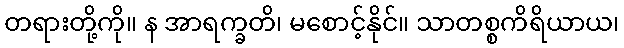
တရားတို့ကို။ န အာရက္ခတိ၊ မစောင့်နိုင်။ သာတစ္စကိရိယာယ၊